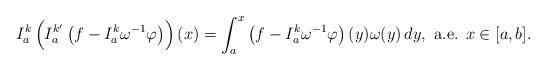
LaTeX: \begin{align*}I_a^k \left(I_a^{k'}\left(f-I_a^k\omega^{-1}\varphi\right)\right)(x)= \int_a^x \left(f-I_a^k\omega^{-1}\varphi\right)(y)\omega(y)\,dy, \mbox{ a.e. } x\in [a,b].\end{align*}